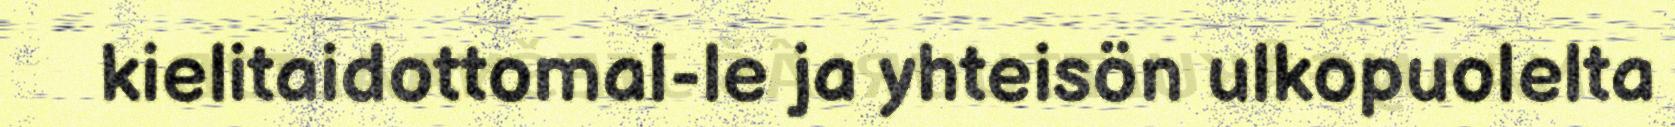
kielitaidottomal-le ja yhteisön ulkopuolelta